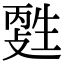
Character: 𤯳